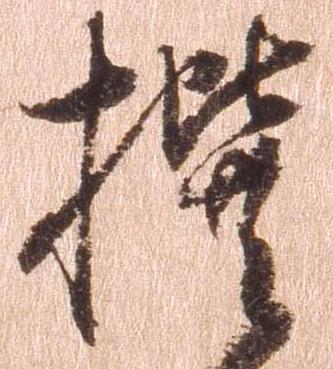
撰